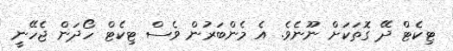
ޓިކެޓް ދޭ ގޮތަކަށް ނޫނެވެ. އެ މެންބަރުން ވެސް ޓިކެޓް ހޯދަން ޖެހޭނީ